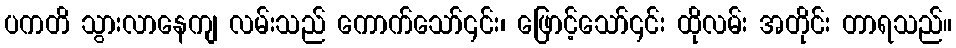
ပကတိ သွားလာနေကျ လမ်းသည် ကောက်သော်၎င်း၊ ဖြောင့်သော်၎င်း ထိုလမ်း အတိုင်း တာရသည်။